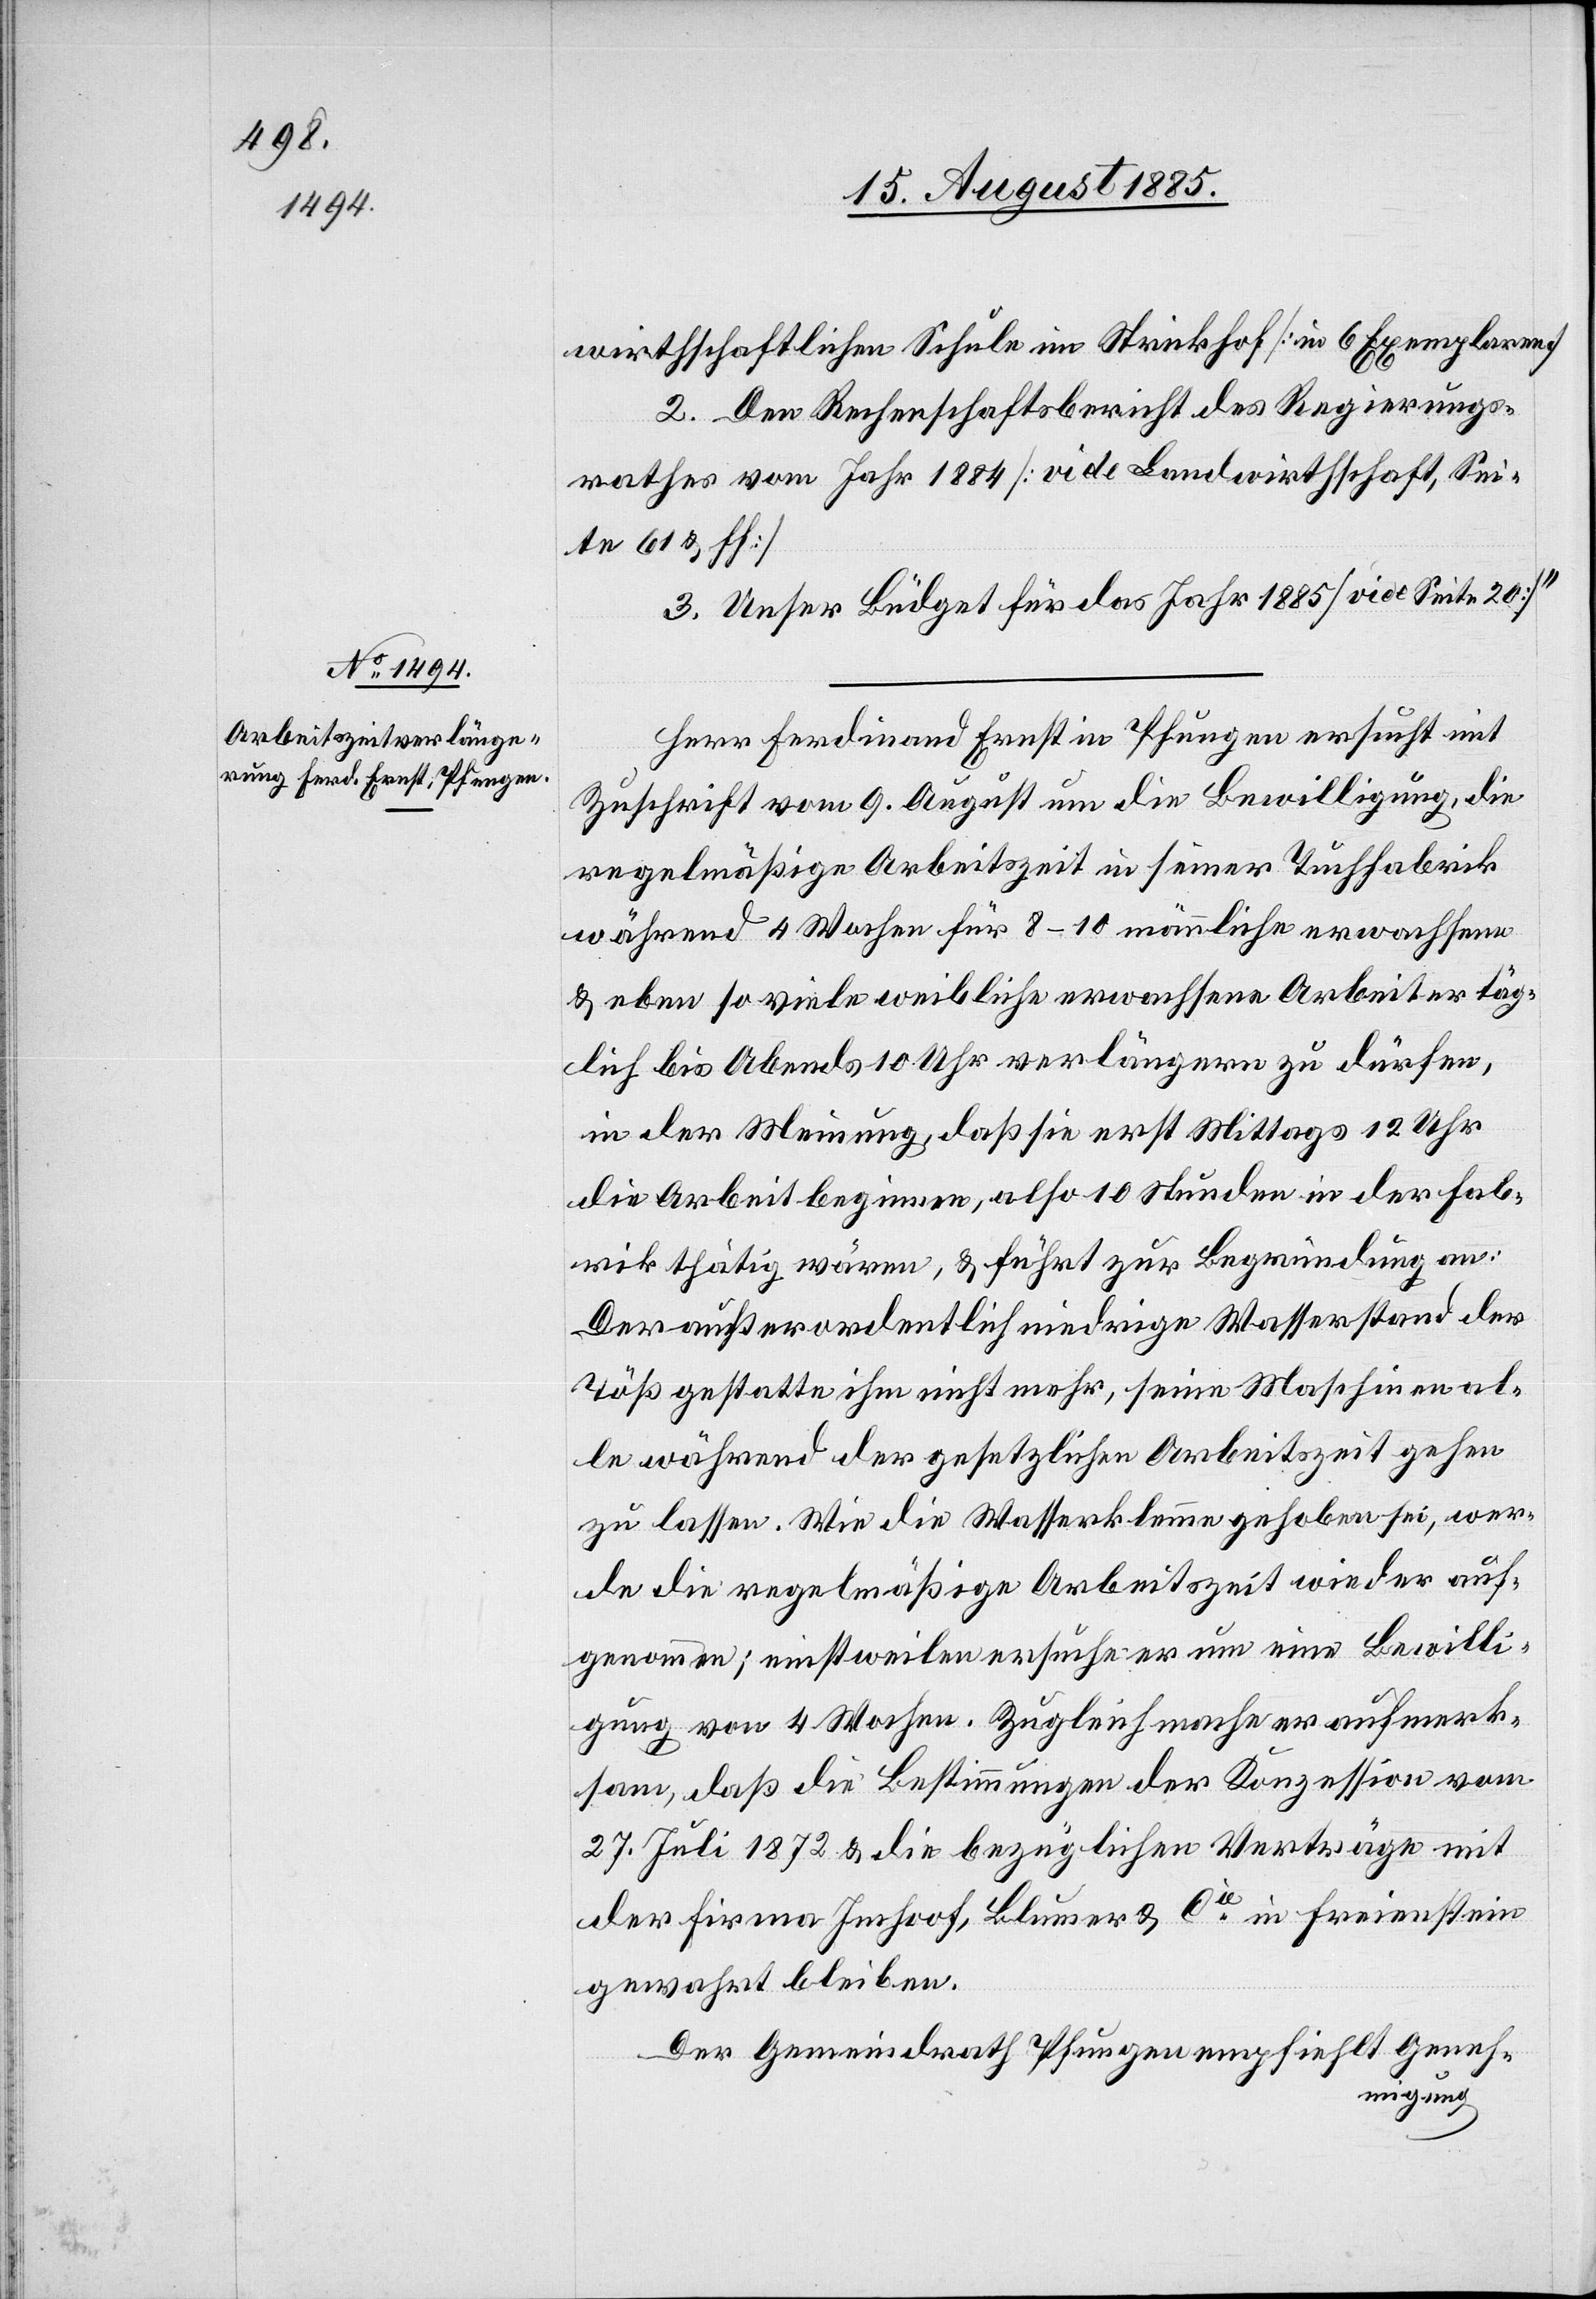
wirthschafltichen Schule im Strickhof [in 6 Exemplaren]
2. Den Rechenschaftsbericht des Regierungs¬
rathes vom Jahr 1884 [vide Landwirthschaft, Sei¬
te 61 & ff]
3. Unser Büdget für das Jahr 1885 [vide Seite 20]“
Herr Ferdinand Ernst in Pfungen ersucht mit
Zuschrift vom 9. August um die Bewilligung, die
regelmäßige Arbeitszeit in seiner Tuchfabrik
während 4 Wochen für 8–10 männliche erwachsene
& eben so viele weibliche erwachsene Arbeiter täg¬
lich bis Abends 10 Uhr verlängern zu dürfen,
in der Meinung, daß sie erst Mittags 12 Uhr
die Arbeit beginnen, also 10 Stunden in der Fab¬
rik thätig wären, & führt zur Begründung an:
Der außerordentlich niedrige Wasserstand der
Töß gestatte ihm nicht mehr, seine Maschinen al¬
le während der gesetzlichen Arbeitszeit gehen
zu lassen. Wie die Wasserklemme gehoben sei, wer¬
de die regelmäßige Arbeitszeit wieder auf¬
genommen; einstweilen ersuche er um eine Bewilli¬
gung von 4 Wochen. Zugleich mache er aufmerk¬
sam, daß die Bestimmungen der Konzession vom
27. Juli 1872 & die bezüglichen Verträge mit
der Firma Imhoof, Blumer & Cie in Freienstein
gewahrt bleiben.
Der Gemeindrath Pfungen empfiehlt Geneh¬
migung